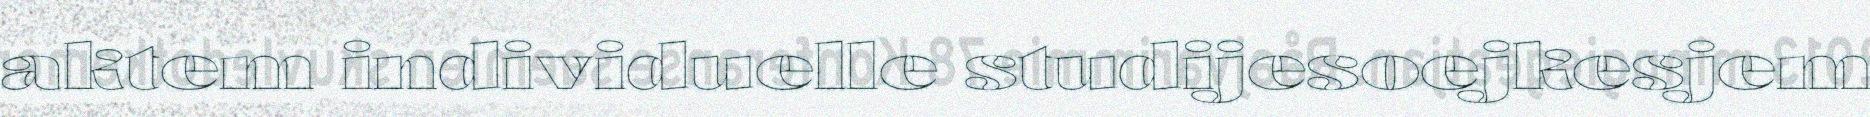
aktem individuelle studijesoejkesjem